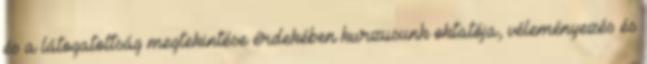
és a látogatottság megtekintése érdekében kurzusunk oktatója, véleményezés és